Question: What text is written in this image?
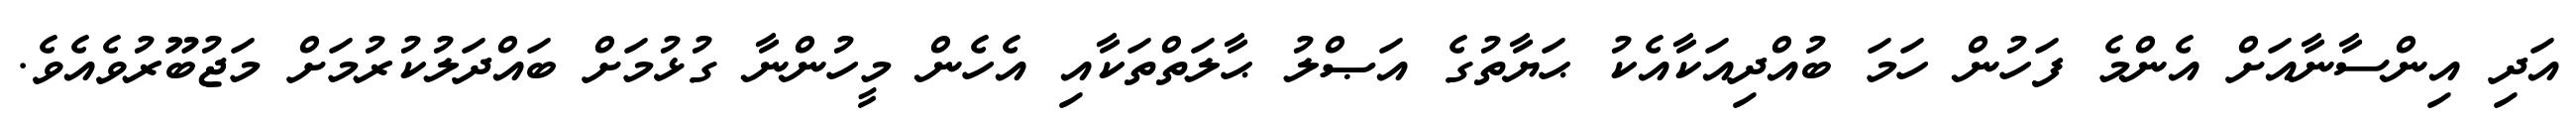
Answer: އަދި އިންސާނާއަށް އެންމެ ފަހުން ހަމަ ބުއްދިއަކާއެކު ޙަޔާތުގެ އަޞްލު ޙާލަތްތަކާއި އެހެން މީހުންނާ ގުޅުމަށް ބައްދަލުކުރުމަށް މަޖުބޫރުވެއެވެ.